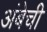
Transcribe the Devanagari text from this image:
अंबेची